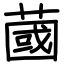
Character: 蔮